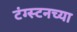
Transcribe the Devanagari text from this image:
टंग्स्टनच्या